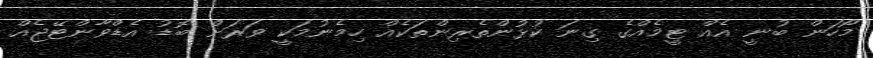
މޯހަން ބުނީ އެއް ޓީމެއްގެ ގިނަ ކުޅުންތެރިންތަކެއް ހިމެނުމަކީ ވަރަށް ބޮޑު އެޑްވާންޓޭޖެއް